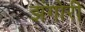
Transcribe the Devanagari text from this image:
झंगोरी